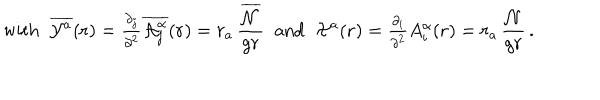
\mathrm { w i t h } \; \; \overline { { { { \cal { Y } } ^ { a } } } } ( { \bf { r } } ) = { \textstyle \frac { \partial _ { j } } { \partial ^ { 2 } } \overline { { { { \cal A } _ { j } ^ { \alpha } } } } ( { \bf r } ) } = r _ { a } \, \frac { \overline { { { \cal { N } } } } } { g r } \; \; \mathrm { a n d } \; \; { \cal { X } } ^ { a } ( { \bf { r } } ) = { \textstyle \frac { \partial _ { i } } { \partial ^ { 2 } } } A _ { i } ^ { \alpha } ( { \bf { r } } ) = r _ { a } \, \frac { \cal { N } } { g r } \, .